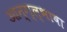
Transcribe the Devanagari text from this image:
आन्ग्ल्भाषा